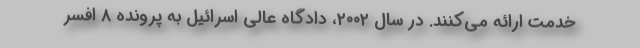
خدمت ارائه می‌کنند. در سال ۲۰۰۲، دادگاه عالی اسرائیل به پرونده 8 افسر